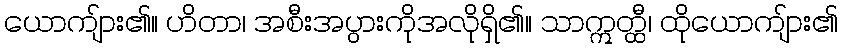
ယောကျ်ား၏။ ဟိတာ၊ အစီးအပွားကိုအလိုရှိ၏။ သာဣတ္ထီ၊ ထိုယောကျ်ား၏